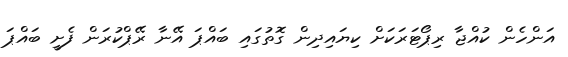
އަންހެން ކުއްޖާ ރިޕޯޓަރަކަށް ކިޔައިދިން ގޮތުގައި ބައްޕަ އޭނާ ރޭޕްކުރަން ފެށީ ބައްޕަ